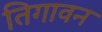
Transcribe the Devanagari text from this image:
तिगावन